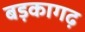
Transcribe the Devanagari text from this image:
बड़कागढ़